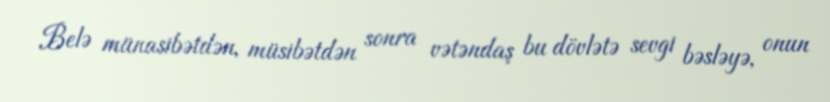
Belə münasibətdən, müsibətdən sonra vətəndaş bu dövlətə sevgi bəsləyə, onun